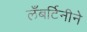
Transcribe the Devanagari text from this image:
लँबर्टिनीने